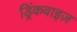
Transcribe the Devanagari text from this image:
ड्रिंकवाइज़